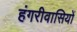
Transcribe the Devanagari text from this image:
हंगरीवासियों